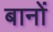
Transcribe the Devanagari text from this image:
बानों